Problem: 33 + 6 = ?
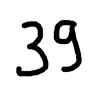
Handwritten answer: 39